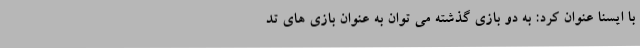
با ایسنا عنوان کرد: به دو بازی گذشته می توان به عنوان بازی های تد